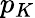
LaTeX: p_{K}